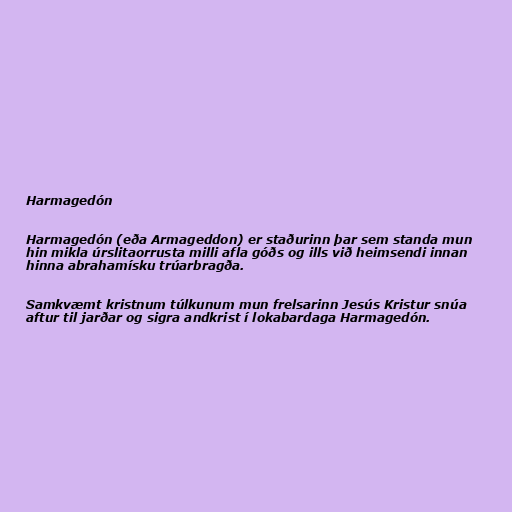
Harmagedón

Harmagedón (eða Armageddon) er staðurinn þar sem standa mun
hin mikla úrslitaorrusta milli afla góðs og ills við heimsendi innan
hinna abrahamísku trúarbragða.

Samkvæmt kristnum túlkunum mun frelsarinn Jesús Kristur snúa
aftur til jarðar og sigra andkrist í lokabardaga Harmagedón.